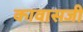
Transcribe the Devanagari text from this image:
कावासजी